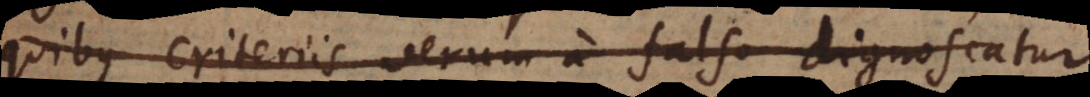
quibus criteriis verum a falso dignoscatur.